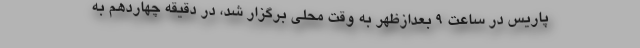
پاریس در ساعت 9 بعدازظهر به وقت محلی برگزار شد، در دقیقه چهاردهم به